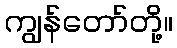
ကျွန်တော်တို့။